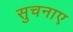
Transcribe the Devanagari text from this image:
सुचनाए